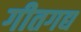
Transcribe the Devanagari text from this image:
गीतगद्य